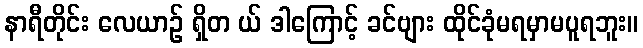
နာရီတိုင်း လေယာဉ် ရှိတ ယ် ဒါကြောင့် ခင်ဗျား ထိုင်ခုံမရမှာမပူရဘူး။